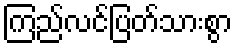
ကြည်လင်ပြတ်သားစွာ